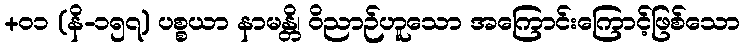
+၀၁ (နိ-၁၅၇) ပစ္စယာ နာမန္တိ၊ ဝိညာဉ်ဟူသော အကြောင်းကြောင့်ဖြစ်သော